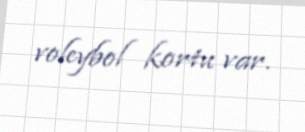
voleybol kortu var.